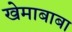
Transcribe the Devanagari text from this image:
खेमाबाबा